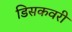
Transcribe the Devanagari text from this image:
डिसकवरी